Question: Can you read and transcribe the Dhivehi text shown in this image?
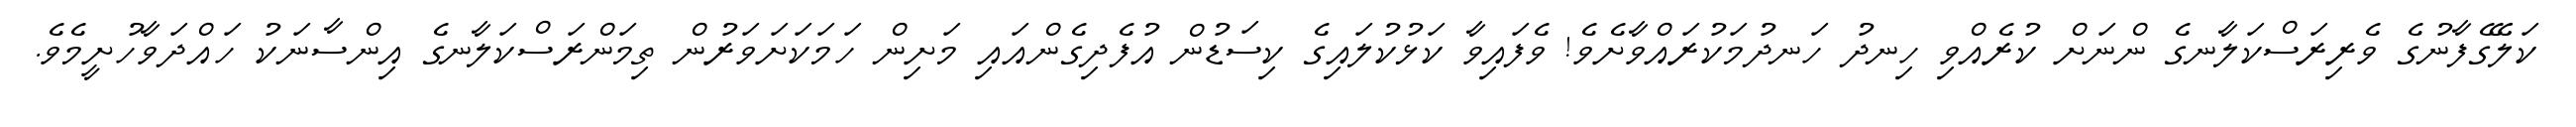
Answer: ކަލޭގެފާނުގެ ވެރިރަސްކަލާނގެ ންނަށް ކުރެއްވި ހިނދު ހަނދުމަކުރައްވާށެވެ! ވެފައިވާ ކަޅުކުލައިގެ ކިސަޑުން އުފެދިގެންއައި މަށިން ހަމަކަށަވަރުން ތިމަންރަސްކަލާނގެ އިންސާނަކު ހައްދަވާހުށީމެވެ.